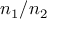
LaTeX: n _ { 1 } / n _ { 2 }